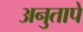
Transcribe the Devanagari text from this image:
अनुतापे